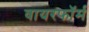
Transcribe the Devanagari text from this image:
वायरफॉर्म